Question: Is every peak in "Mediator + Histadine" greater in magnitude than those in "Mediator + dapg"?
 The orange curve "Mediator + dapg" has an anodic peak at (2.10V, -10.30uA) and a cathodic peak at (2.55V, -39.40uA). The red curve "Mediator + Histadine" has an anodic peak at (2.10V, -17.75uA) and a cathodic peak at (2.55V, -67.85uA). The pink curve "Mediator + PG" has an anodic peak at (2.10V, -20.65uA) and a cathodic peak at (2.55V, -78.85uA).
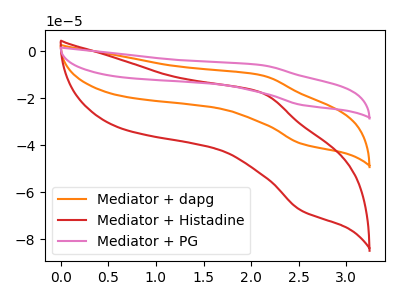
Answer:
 <answer>The peaks in "Mediator + Histadine" are neither all higher or all lower than the peaks in "Mediator + dapg".</answer>
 <eval>mixed</eval>